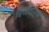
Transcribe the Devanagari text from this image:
विजयानगरं